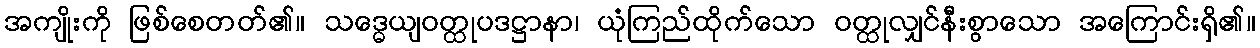
အကျိုးကို ဖြစ်စေတတ်၏။ သဒ္ဓေယျဝတ္ထုပဒဋ္ဌာနာ၊ ယုံကြည်ထိုက်သော ဝတ္ထုလျှင်နီးစွာသော အကြောင်းရှိ၏။